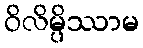
ဝိလိမ္ပိဿာမ